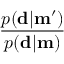
\frac { p ( \mathbf { d } | \mathbf { m ^ { \prime } } ) } { p ( \mathbf { d } | \mathbf { m } ) }